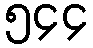
၅၄၄